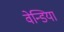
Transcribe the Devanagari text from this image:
वेन्डिया